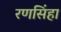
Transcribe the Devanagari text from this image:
रणसिंहा